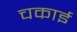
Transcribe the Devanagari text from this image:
चकाई